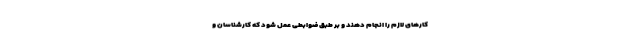
کارهای لازم را انجام دهند و بر طبق ضوابطی عمل شود که کارشناسان و